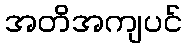
အတိအကျပင်